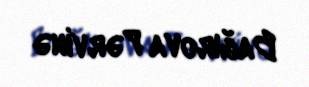
Bağırova Pərvinə